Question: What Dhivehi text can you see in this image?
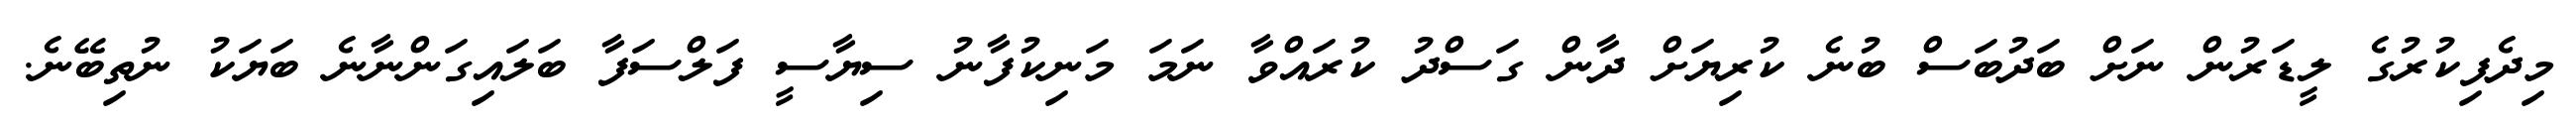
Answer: މިދެފިކުރުގެ ލީޑަރުން ނަށް ބަދުބަސް ބުނެ ކުރިޔަށް ދާން ގަސްދު ކުރައްވާ ނަމަ މަނިކުފާނު ސިޔާސީ ފަލްސަފާ ބަލައިގަންނާނެ ބަޔަކު ނުތިބޭނެ.